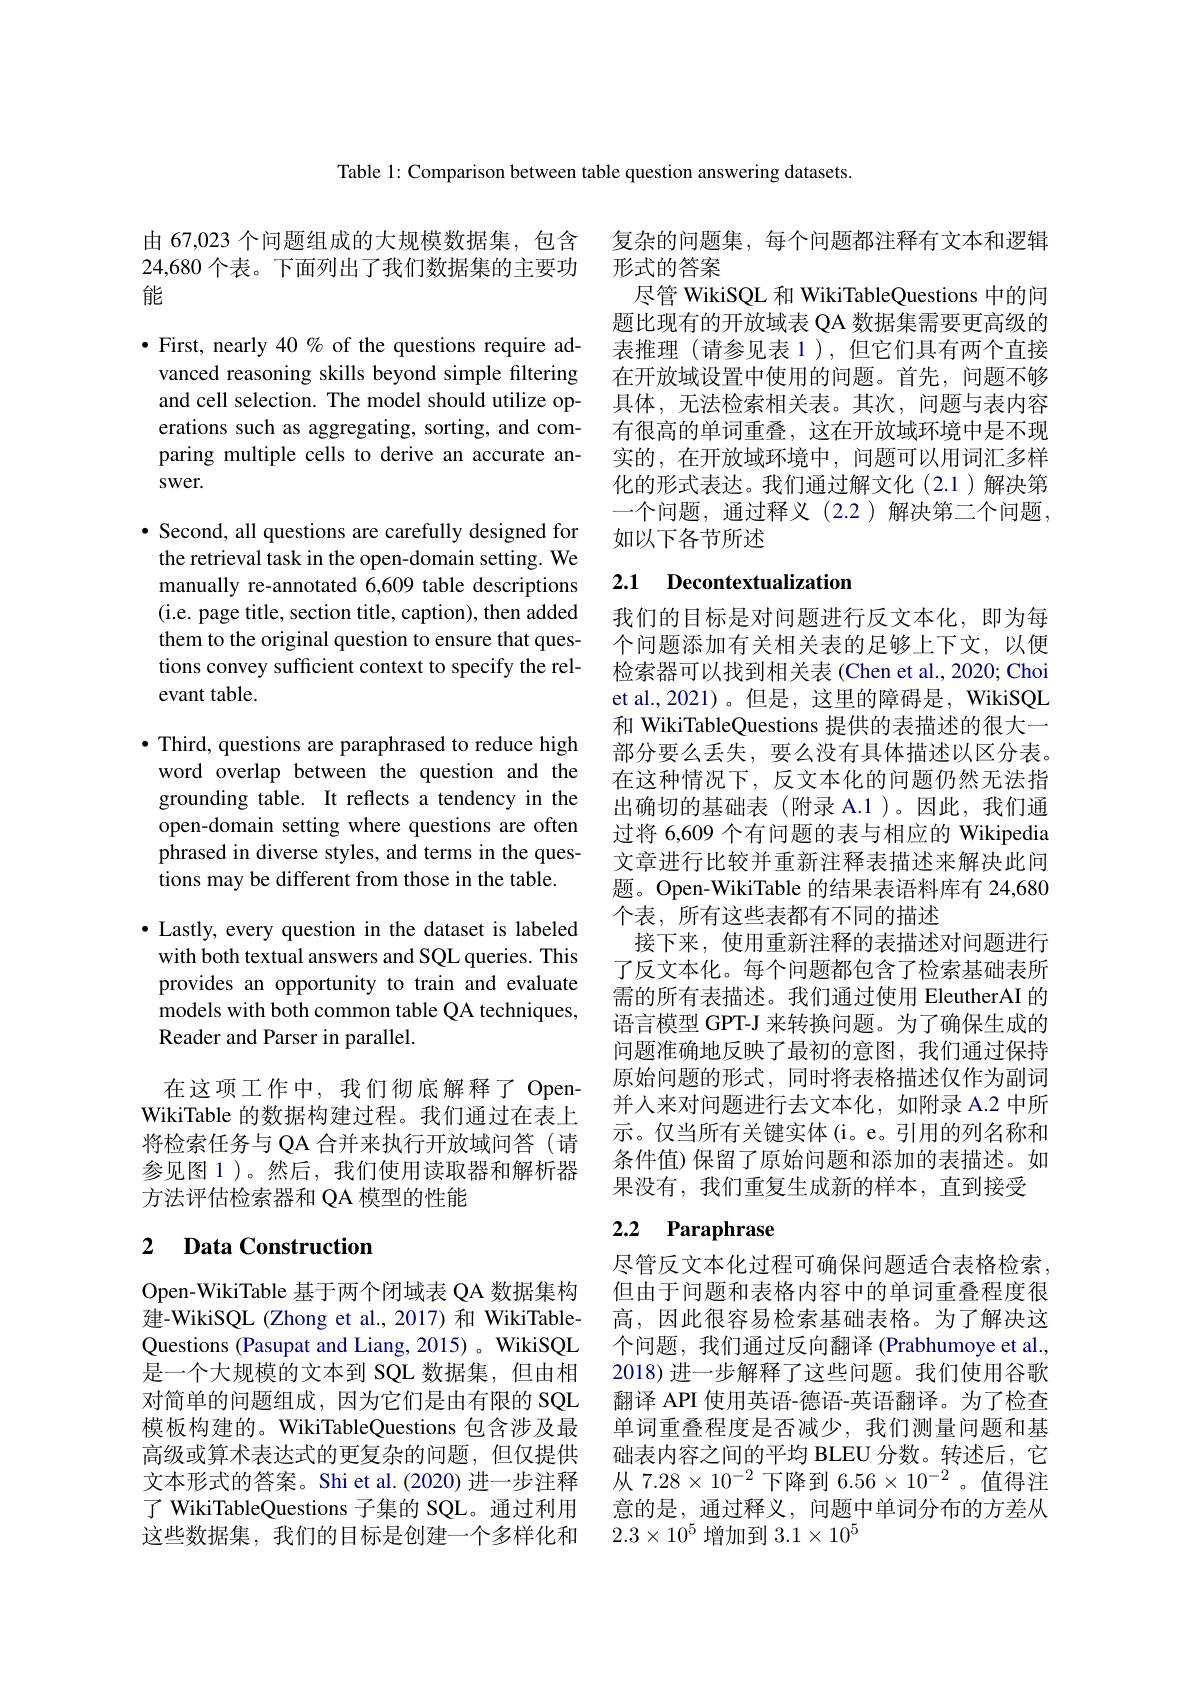
Table 1: Comparison between table question answering datasets.

由 67,023 个问题组成的大规模数据集，包含
24,680 个表。下面列出了我们数据集的主要功 形式的答案
能

$\bullet$ First, nearly 40% of the questions require advanced reasoning skills beyond simple filtering and cell selection. The model should utilize operations such as aggregating, sorting, and comparing multiple cells to derive an accurate answer.

$•$ Second, all questions are carefully designed for the retrieval task in the open-domain setting. We manually re-annotated 6,609 table descriptions (i.e. page title, section title, caption), then added them to the original question to ensure that questions convey sufficient context to specify the relevant table.

$\bullet$ Third, questions are paraphrased to reduce high word overlap between the question and the grounding table. It reflects a tendency in the open-domain setting where questions are often phrased in diverse styles, and terms in the questions may be different from those in the table.

$\bullet$ Lastly, every question in the dataset is labeled with both textual answers and SQL queries. This provides an opportunity to train and evaluate models with both common table QA techniques, Reader and Parser in parallel.

在这项工作中，我们彻底解释了 OpenWikiTable 的数据构建过程。我们通过在表上将检索任务与 QA 合并来执行开放域问答 (请参见图 1)。然后，我们使用读取器和解析器方法评估检索器和 QA 模型的性能

### 2 $\textbf{Data Construction}$

Open-WikiTable 基于两个闭域表 QA 数据集构建-WikiSQL (Zhong et al.,2017) 和 WikiTableQuestions (Pasupat and Liang, 2015) 。WikiSQL 是一个大规模的文本到 SQL 数据集，但由相对简单的问题组成，因为它们是由有限的 SQL 模板构建的。WikiTableQuestions 包含涉及最高级或算术表达式的更复杂的问题，但仅提供

复杂的问题集，每个问题都注释有文本和逻辑
尽管 WikiSQL 和 WikiTableQuestions 中的问题比现有的开放域表 QA 数据集需要更高级的表推理(请参见表1),但它们具有两个直接在开放域设置中使用的问题。首先，问题不够具体，无法检索相关表。其次，问题与表内容有很高的单词重叠，这在开放域环境中是不现实的，在开放域环境中，问题可以用词汇多样化的形式表达。我们通过解文化(2.1)解决第一个问题，通过释义(2.2)解决第二个问题， 如以下各节所述

## 2.1 Decontextualization

我们的目标是对问题进行反文本化，即为每个问题添加有关相关表的足够上下文，以便检索器可以找到相关表(Chen et al., 2020; Choi et al.,2021)。但是，这里的障碍是，WikiSQL 和 WikiTableQuestions 提供的表描述的很大一部分要么丢失，要么没有具体描述以区分表。在这种情况下，反文本化的问题仍然无法指出确切的基础表(附录 A.1)。因此，我们通过将 6,609 个有问题的表与相应的 Wikipedia 文章进行比较并重新注释表描述来解决此问题。Open-WikiTable 的结果表语料库有 24,680个表，所有这些表都有不同的描述
接下来，使用重新注释的表描述对问题进行了反文本化。每个问题都包含了检索基础表所需的所有表描述。我们通过使用 EleutherAI 的语言模型 GPT-J 来转换问题。为了确保生成的问题准确地反映了最初的意图，我们通过保持原始问题的形式，同时将表格描述仅作为副词并人来对问题进行去文本化，如附录 A.2 中所示。仅当所有关键实体(i。e。引用的列名称和条件值)保留了原始问题和添加的表描述。如果没有，我们重复生成新的样本，直到接受

## 2.2 Paraphrase

尽管反文本化过程可确保问题适合表格检索但由于问题和表格内容中的单词重叠程度很高，因此很容易检索基础表格。为了解决这个问题，我们通过反向翻译 (Prabhumoye et al., 2018) 进一步解释了这些问题。我们使用谷歌翻译 API 使用英语-德语-英语翻译。为了检查单词重叠程度是否减少，我们测量问题和基础表内容之间的平均 BLEU 分数。转述后，它
文本形式的答案。Shi et al.(2020) 进一步注释 从$7.28\times10^{-2}$下降到$6.56\times10^{-2}$。值得注了 WikiTableQuestions 子集的 SQL。通过利用 意的是，通过释义，问题中单词分布的方差从这些数据集，我们的目标是创建一个多样化和$2.3\times10^{5}$增加到$3.1\times10^{5}$